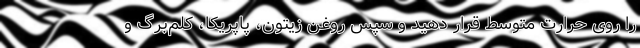
را روی حرارت متوسط قرار دهید و سپس روغن زیتون، پاپریکا، کلم‌برگ و